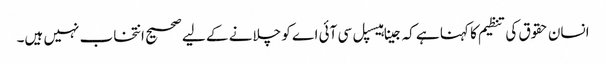
انسان حقوق کی تنظیم کا کہنا ہے کہ جینا ہیسپل سی آئی اے کو چلانے کے لیے صحیح انتخاب نہیں ہیں۔